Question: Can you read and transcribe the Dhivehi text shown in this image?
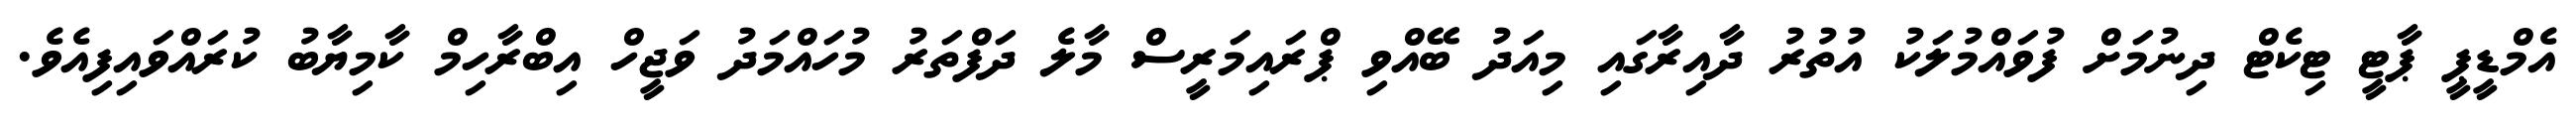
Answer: އެމްޑީޕީ ޕާޓީ ޓިކެޓް ދިނުމަށް ފުވައްމުލަކު އުތުރު ދާއިރާގައި މިއަދު ބޭއްވި ޕްރައިމަރީސް މާލެ ދަފްތަރު މުހައްމަދު ވަޖީހް އިބްރާހިމް ކާމިޔާބު ކުރައްވައިފިއެވެ.